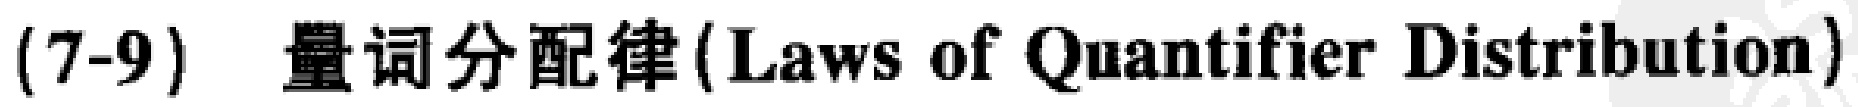
(7-9) 量词分配律 (Laws of Quantifier Distribution)